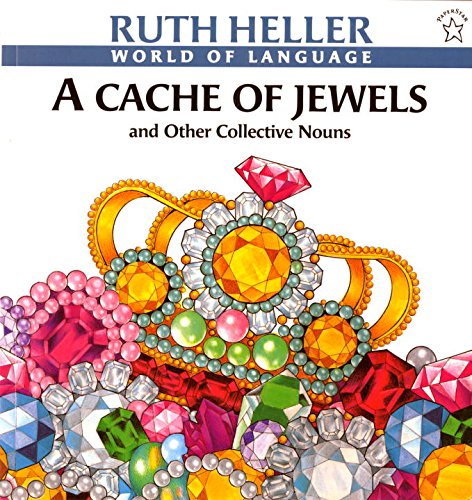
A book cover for A Cache of Jewels (World of Language); Ruth Heller; Reference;